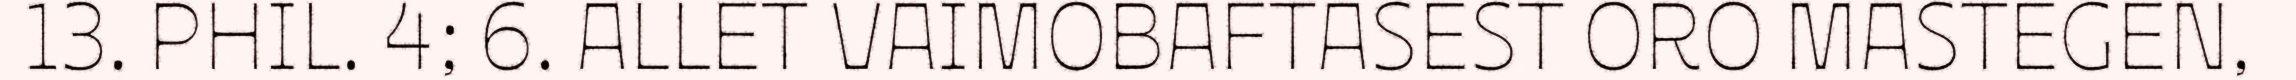
13. PHIL. 4; 6. ALLET VAIMOBAFTASEST ORO MASTEGEN,